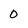
Character: 0